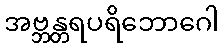
အဗ္ဘန္တရပရိဘောဂေါ